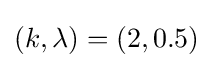
(k,\lambda )=(2,0.5)